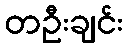
တဦးချင်း